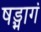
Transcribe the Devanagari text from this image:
षड्भागं